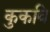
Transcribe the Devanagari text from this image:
कुकवि